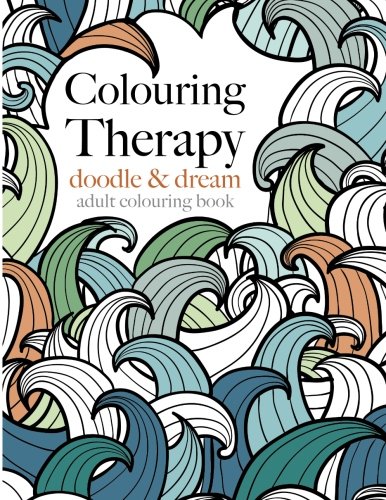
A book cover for Colouring Therapy: doodle & dream: Anti-stress colouring for adults; Christina Rose; Arts & Photography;